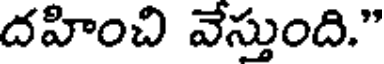
దహించి వేస్తుంది."